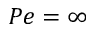
P e = \infty